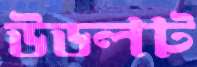
উডলট